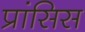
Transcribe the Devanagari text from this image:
प्रांसिस